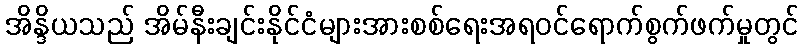
အိန္ဒိယသည် အိမ်နီးချင်းနိုင်ငံများအားစစ်ရေးအရဝင်ရောက်စွက်ဖက်မှုတွင်